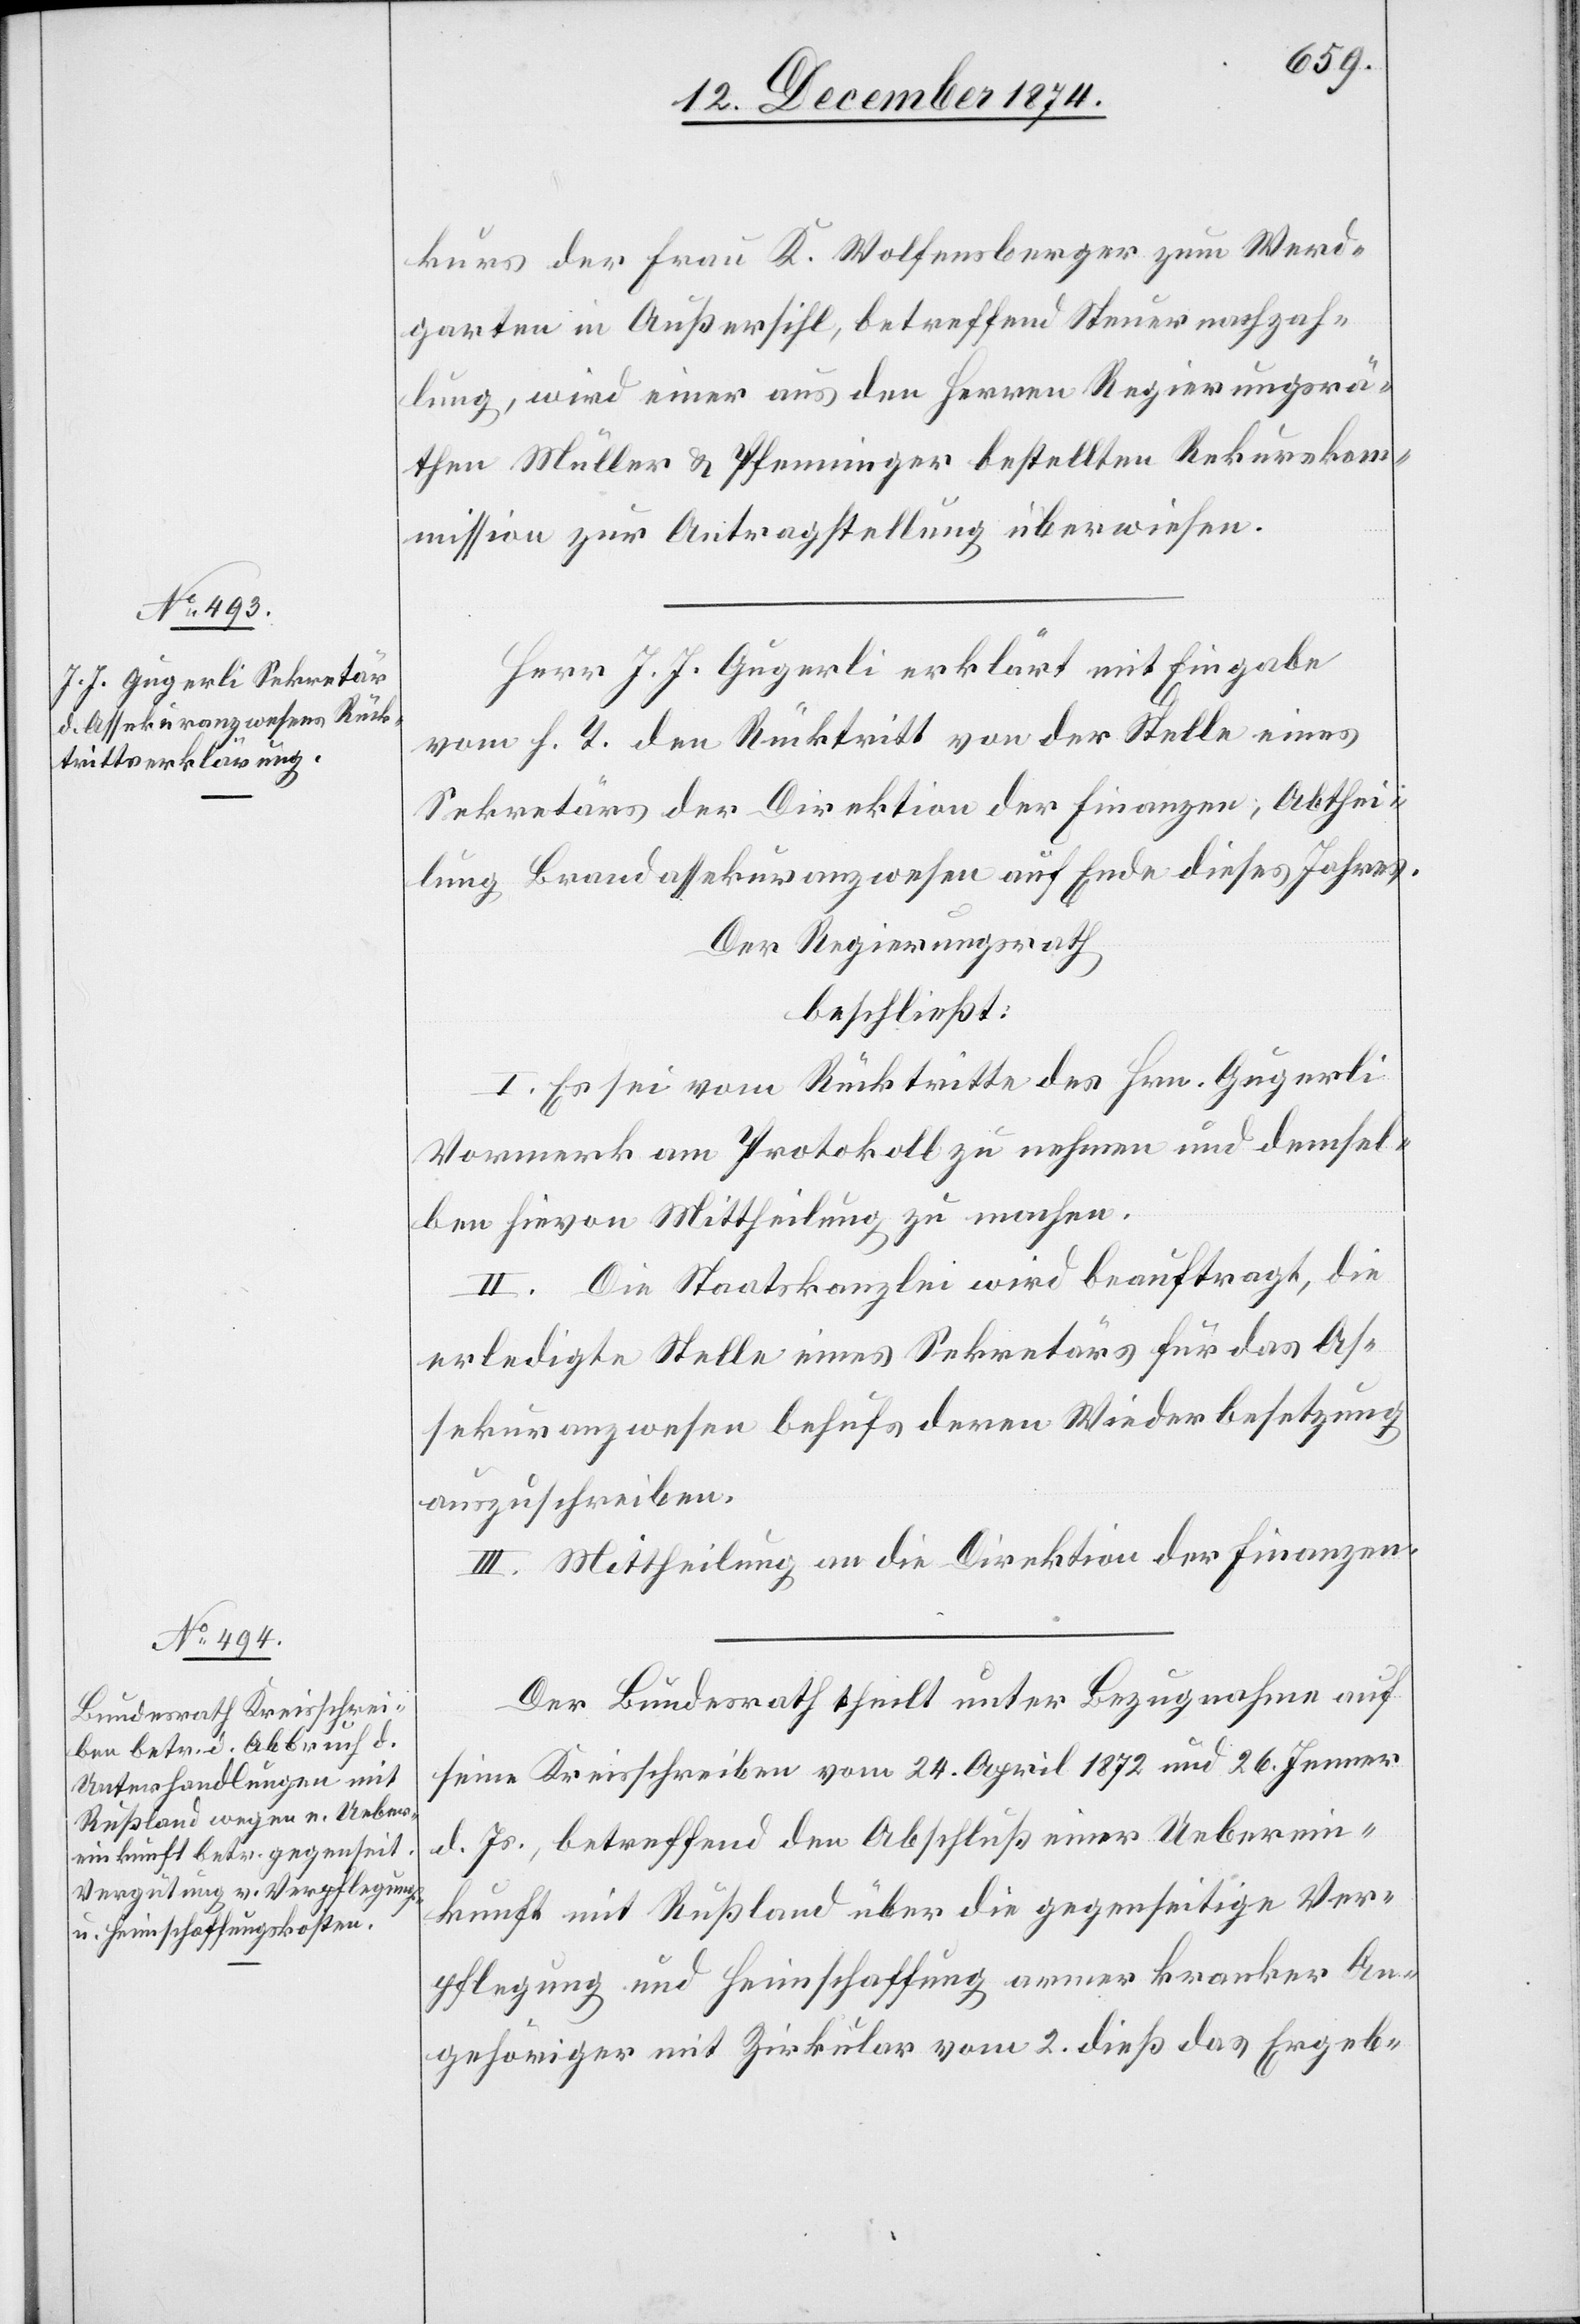
kurs der Frau K. Wolfensberger zum Werd¬
garten in Außersihl, betreffend Steuernachzah¬
lung, wird einer aus den Herren Regierungsrä¬
then Müller & Pfenninger bestellten Rekurskom¬
mission zur Antragstellung überwiesen.
Herr J. J. Gugerli erklärt mit Eingabe
vom h. T. den Rücktritt von der Stelle eines
Sekretärs der Direktion der Finanzen, Abthei¬
lung Brandassekuranzwesen auf Ende dieses Jahres.
Der Regierungsrath
beschließt:
I. Es sei vom Rücktritte des Hrn. Gugerli
Vormerk am Protokoll zu nehmen und demsel¬
ben hievon Mittheilung zu machen.
II. Die Staatskanzlei wird beauftragt, die
erledigte Stelle eines Sekretärs für das As¬
sekuranzwesen behufs deren Wiederbesetzung
auszuschreiben.
III. Mittheilung an die Direktion der Finanzen.
Der Bundesrath theilt unter Bezugnahme auf
seine Kreisschreiben vom 24. April 1872 und 26. Jenner
d. Js., betreffend den Abschluß einer Ueberein¬
kunft mit Rußland über die gegenseitige Ver¬
pflegung und Heimschaffung armer kranker An¬
gehöriger mit Zirkular vom 2. dieß das Ergeb-